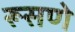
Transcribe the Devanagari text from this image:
रूसणे